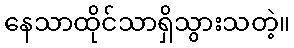
နေသာထိုင်သာရှိသွားသတဲ့။